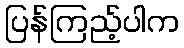
ပြန်ကြည့်ပါက